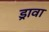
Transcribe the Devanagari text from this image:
ड्रावा